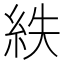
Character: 紩